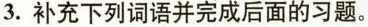
3. 补充下列词语并完成后面的习题。